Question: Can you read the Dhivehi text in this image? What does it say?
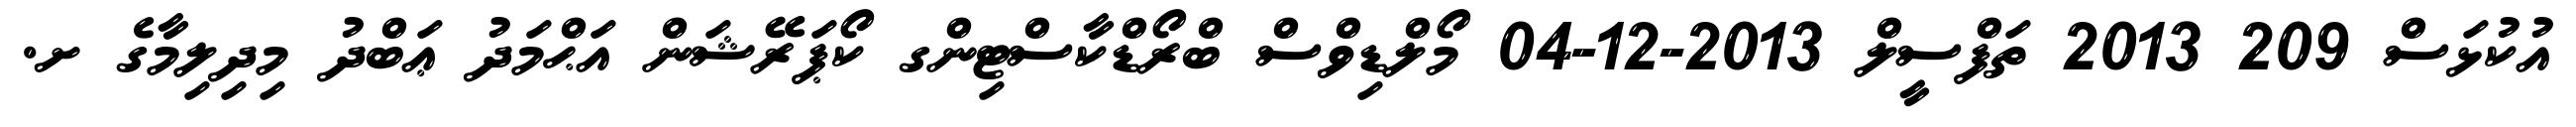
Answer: އުކުޅަސް 209 2013 ތަފްސީލް 2013-12-04 މޯލްޑިވްސް ބްރޯޑްކާސްޓިންގ ކޯޕަރޭޝަން އަޙްމަދު ޢަބްދު މިދިލިމާގެ ށ.